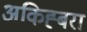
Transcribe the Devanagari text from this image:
अकिह्बरा